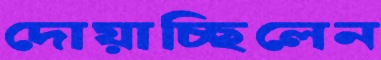
দোয়াচ্ছিলেন